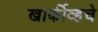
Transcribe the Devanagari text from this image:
खार्कीव्हचे